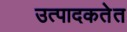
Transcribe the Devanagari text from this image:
उत्पादकतेत